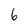
Character: 6